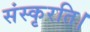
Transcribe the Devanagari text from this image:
संस्कृरति।